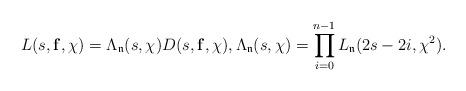
LaTeX: \begin{align*}L(s,\mathbf{f},\chi)=\Lambda_{\mathfrak{n}}(s,\chi)D(s,\mathbf{f},\chi),\Lambda_{\mathfrak{n}}(s,\chi)=\prod_{i=0}^{n-1}L_{\mathfrak{n}}(2s-2i,\chi^2).\end{align*}